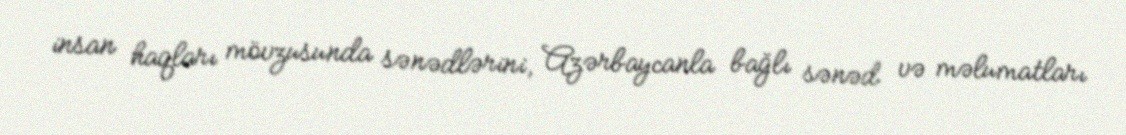
insan haqları mövzusunda sənədlərini, Azərbaycanla bağlı sənəd və məlumatları